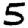
Digit: 5